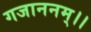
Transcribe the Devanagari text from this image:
गजाननम्।।